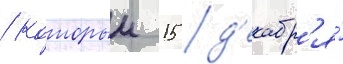
/ которыи 15 д'екабр'я́